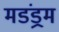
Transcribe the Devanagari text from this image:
मडंड्रम